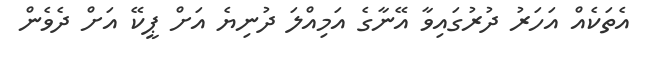
އެތަކެއް އަހަރު ދުރުގައިވާ އޭނާގެ އަމިއްލަ ދުނިޔެ އަށް ޕީކޭ އަށް ދެވެން